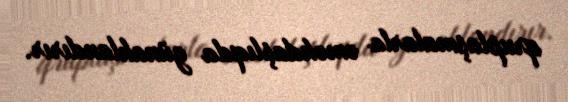
qruplaşmalarla əməkdaşlıqda günahlandırır.